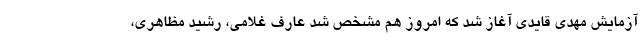
آزمایش مهدی قایدی آغاز شد که امروز هم مشخص شد عارف غلامی، رشید مظاهری،